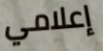
إعلامي